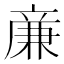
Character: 亷